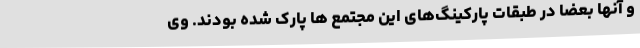
و آنها بعضا در طبقات پارکینگ‌های این مجتمع ها پارک شده بودند. وی